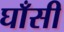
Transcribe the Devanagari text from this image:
घाँसी